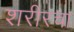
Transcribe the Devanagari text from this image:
शरीरचा